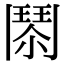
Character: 𩰐